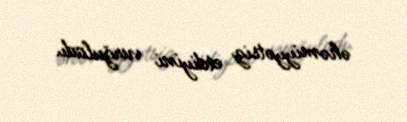
əhəmiyyətsiz etdiyini vurğuladı.